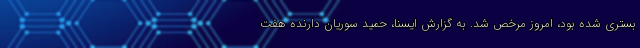
بستری شده بود، امروز مرخص شد. به گزارش ایسنا، حمید سوریان دارنده هفت